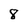
Character: 8